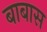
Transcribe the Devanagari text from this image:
बाबास